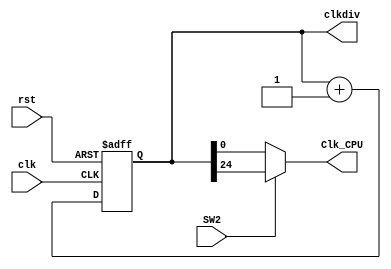
`timescale 1ns / 1ps
//////////////////////////////////////////////////////////////////////////////////
// Company: 
// Engineer: 
// 
// Design Name: 
// Module Name:    clk_div 
// Project Name: 
// Target Devices: 
// Tool versions: 
// Description: 
//
// Dependencies: 
//
// Revision: 
// Revision 0.01 - File Created
// Additional Comments: 
//
//////////////////////////////////////////////////////////////////////////////////
module clk_div(input clk,
					input rst,
					input SW2,
					output reg[31:0]clkdiv,
					output Clk_CPU
					);
					
// Clock divider-


	always @ (posedge clk or posedge rst) begin 
		if (rst) clkdiv <= 0; else clkdiv <= clkdiv + 1'b1; end
		
	assign Clk_CPU=(SW2)? clkdiv[24] : clkdiv[0];
		
endmodule